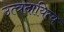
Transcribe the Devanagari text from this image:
उत्त्रदायित्व